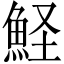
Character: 𩶜